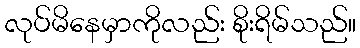
လုပ်မိနေမှာကိုလည်း စိုးရိမ်သည်။